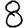
Digit: 8